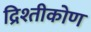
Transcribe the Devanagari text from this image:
द्रिश्तीकोण